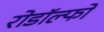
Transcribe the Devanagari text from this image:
रोडॉल्फो